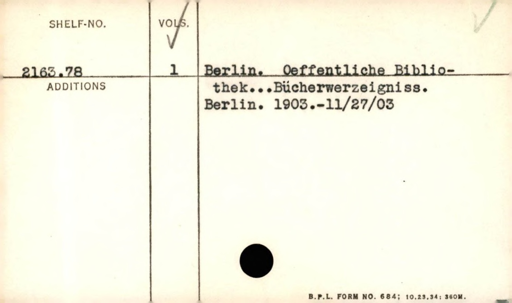
Label: content